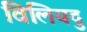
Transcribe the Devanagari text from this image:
विलियदु